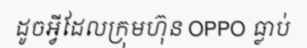
ដូចអ្វីដែលក្រុមហ៊ុន OPPO ធ្លាប់